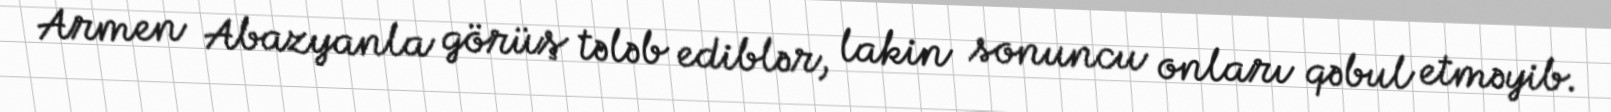
Armen Abazyanla görüş tələb ediblər, lakin sonuncu onları qəbul etməyib.